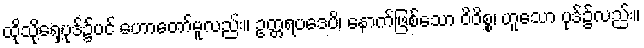
ထိုသို့ရှေ့ပုဒ်၌ပင် ဟောတော်မူလည်း။ ဥတ္တရပဒေပိ၊ နောက်ဖြစ်သော ဝိဝိစ္စ၊ ဟူသော ပုဒ်၌လည်း။